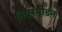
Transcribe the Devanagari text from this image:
बियरगार्डन